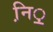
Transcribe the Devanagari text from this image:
नि़़॒